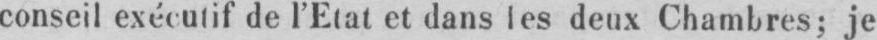
conseil exécutif de l’Etat et dans les deux Chambres; je